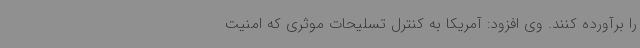
را برآورده کنند. وی افزود: آمریکا به کنترل تسلیحات موثری که امنیت